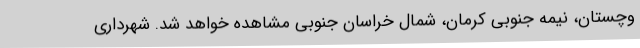
وچستان، نیمه جنوبی کرمان، شمال خراسان جنوبی مشاهده خواهد شد. شهرداری